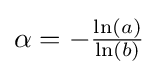
{\textstyle \alpha =-{\frac {\ln(a)}{\ln(b)}}}